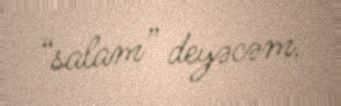
“salam” deyəcəm.